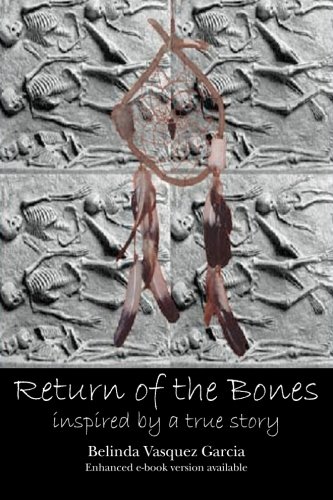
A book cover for Return of the Bones; Belinda Vasquez Garcia; Literature & Fiction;